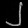
Digit: ၂